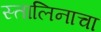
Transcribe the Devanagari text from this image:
स्तालिनाचा